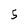
Character: 5